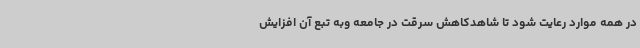
در همه موارد رعایت شود تا شاهدکاهش سرقت در جامعه وبه تبع آن افزایش